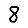
Digit: 8